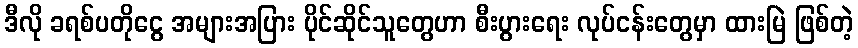
ဒီလို ခရစ်ပတိုငွေ အများအပြား ပိုင်ဆိုင်သူတွေဟာ စီးပွားရေး လုပ်ငန်းတွေမှာ ထားမြဲ ဖြစ်တဲ့